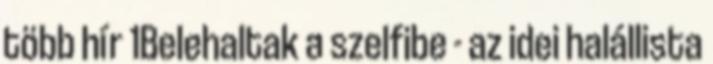
több hír 1Belehaltak a szelfibe - az idei halállista